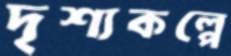
দৃশ্যকল্পে